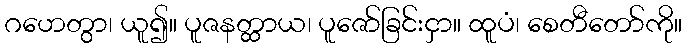
ဂဟေတွာ၊ ယူ၍။ ပူဇနတ္ထာယ၊ ပူဇော်ခြင်းငှာ။ ထူပံ၊ စေတီတော်ကို။